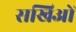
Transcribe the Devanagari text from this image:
सखिओं